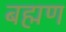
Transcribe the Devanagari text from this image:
बह्मण